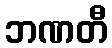
ဘဏတီ